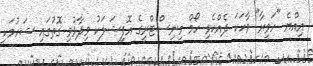
އިއްޔެ "ހަވީރާ" ވާހަކަ ދެއްކެވި ހޯމް މިނިސްޓްރީގެ އޮފިޝަލަކު ވިދާޅުވި ގޮތުގައި ޝަހުމަކީ